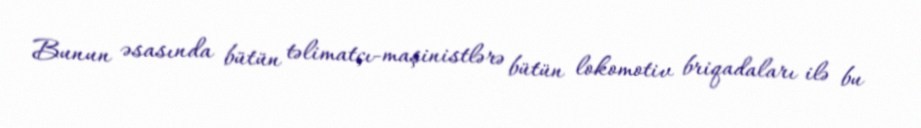
Bunun əsasında bütün təlimatçı-maşinistlərə bütün lokomotiv briqadaları ilə bu